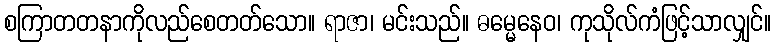
စကြာတတနာကိုလည်စေတတ်သော။ ရာဇာ၊ မင်းသည်။ ဓမ္မေနေဝ၊ ကုသိုလ်ကံဖြင့်သာလျှင်။